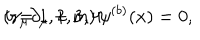
\left( \gamma _ { \mu } \partial _ { \mu } + m \right) \psi ^ { ( b ) } ( x ) = 0 , \hspace { 0 . 5 i n } b = 1 , 2 , 3 , 4